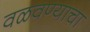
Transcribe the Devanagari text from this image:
वळवण्याचा